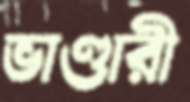
ভাণ্ডারী